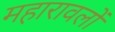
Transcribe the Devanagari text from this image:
महारावलों